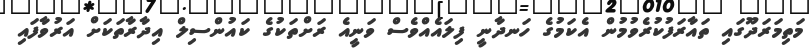
މަތިމަރަދޫގައި ތައާރަފުކުރެވުމުން އެކަމުގެ ހަނދާނީ ފިލައެއްވެސް ވަނީއެ ރަށްތަކުގެ ކައުންސިލް އިދާރާތަކަށް އަރުވާފައި